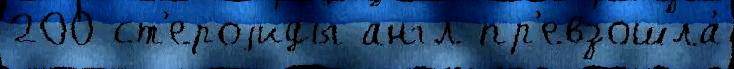
200 ст'ероjиды англ пр'евзошла́